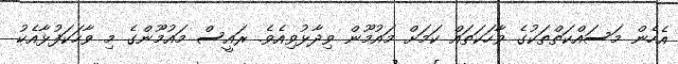
އެހެން މަސައްކަތްތަކުގެ ވާހަކަތައް ކަމަށް މައުމޫން ވިދާޅުވިއެވެ. ރައީސް މައުމޫންގެ މި ވާހަކަފުޅާއެކު